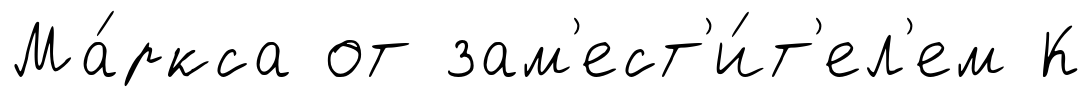
Ма́ркса от зам'ест'и́т'ел'ем К